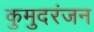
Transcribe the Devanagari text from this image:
कुमुदरंजन